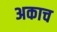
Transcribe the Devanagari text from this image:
अकाच